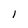
Character: l